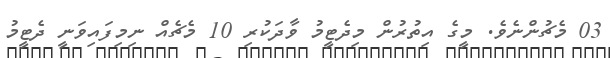
03 މެޗުންނެވެ. މީގެ އިތުރުން މިދެޓީމު ވާދަކުރި 10 މެޗެއް ނިމިފައިވަނީ ދެޓީމު